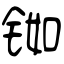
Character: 铷